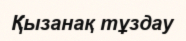
Қызанақ тұздау